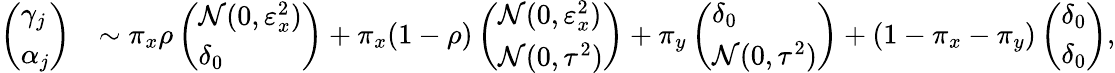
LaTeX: \begin{array}{rl}{\left(\begin{array}{l}{\gamma_{j}}\\ {\alpha_{j}}\end{array}\right)}&{\sim\pi_{x}\rho\left(\begin{array}{l}{\mathcal{N}(0,\varepsilon_{x}^{2})}\\ {\delta_{0}}\end{array}\right)+\pi_{x}(1-\rho)\left(\begin{array}{l}{\mathcal{N}(0,\varepsilon_{x}^{2})}\\ {\mathcal{N}(0,\tau^{2})}\end{array}\right)+\pi_{y}\left(\begin{array}{l}{\delta_{0}}\\ {\mathcal{N}(0,\tau^{2})}\end{array}\right)+(1-\pi_{x}-\pi_{y})\left(\begin{array}{l}{\delta_{0}}\\ {\delta_{0}}\end{array}\right),}\end{array}